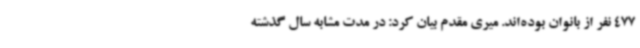
477 نفر از بانوان بوده‌اند. میری مقدم بیان کرد: در مدت مشابه سال گذشته